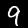
Digit: 9